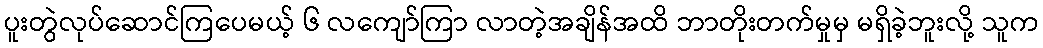
ပူးတွဲလုပ်ဆောင်ကြပေမယ့် ၆ လကျော်ကြာ လာတဲ့အချိန်အထိ ဘာတိုးတက်မှုမှ မရှိခဲ့ဘူးလို့ သူက